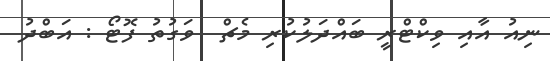
ނިއު އާއި ވިކްޓްރީ ބައްދަލުކުރި މެޗް  ވަގުތު ފޮޓޯ : އަބްދު